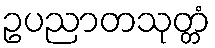
ဥပညာတသုတ္တံ